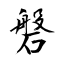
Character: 磐